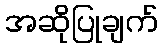
အဆိုပြုချက်